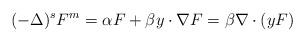
LaTeX: \begin{align*}(-\Delta )^{s}F^m =\alpha F + \beta y\cdot \nabla F=\beta \nabla\cdot (yF)\end{align*}